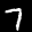
Label: 7